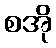
စအို